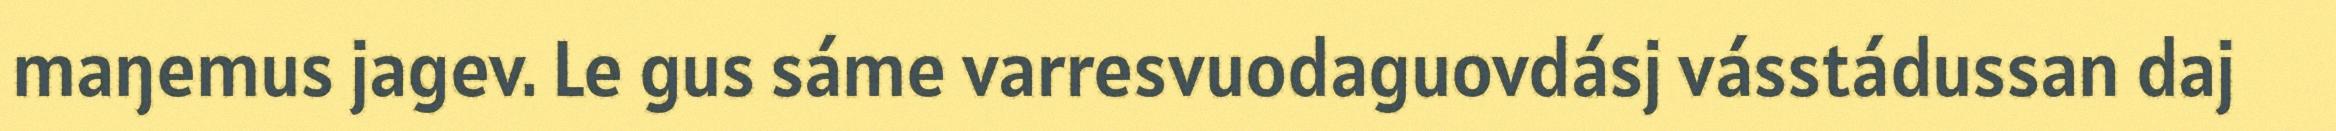
maŋemus jagev. Le gus sáme varresvuodaguovdásj vásstádussan daj